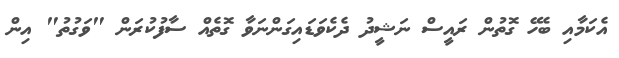
އެކަމާއި ބެހޭ ގޮތުން ރައީސް ނަޝީދު ދެކެވަޑައިގަންނަވާ ގޮތެއް ސާފުކުރަން "ވަގުތު" އިން